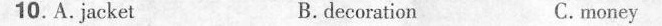
10. A. Jacket B. decoration C. money